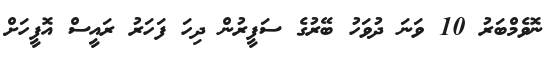
ނޮވެމްބަރު 10 ވަނަ ދުވަހު ބޭރުގެ ސަފީރުން ދިހަ ފަހަރު ރައީސް އޮފީހަށް